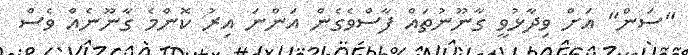
"ސަން" އަށް ވިދާޅުވީ ގާނޫނުތައް ފާސްވެގެން އަންނަ އިރު ކޮންމެ ގާނޫނެއް ވެސް